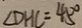
\angle D H C = 4 5 ^ { \circ }